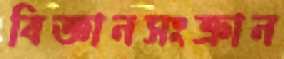
বিজ্ঞানসংক্রান